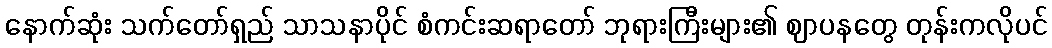
နောက်ဆုံး သက်တော်ရှည် သာသနာပိုင် စံကင်းဆရာတော် ဘုရားကြီးများ၏ ဈာပနတွေ တုန်းကလိုပင်